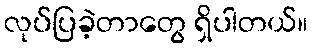
လုပ်ပြခဲ့တာတွေ ရှိပါတယ်။